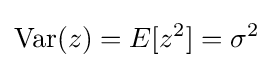
\mathrm {Var} (z)=E[z^{2}]=\sigma ^{2}